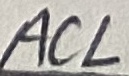
Text: ACL